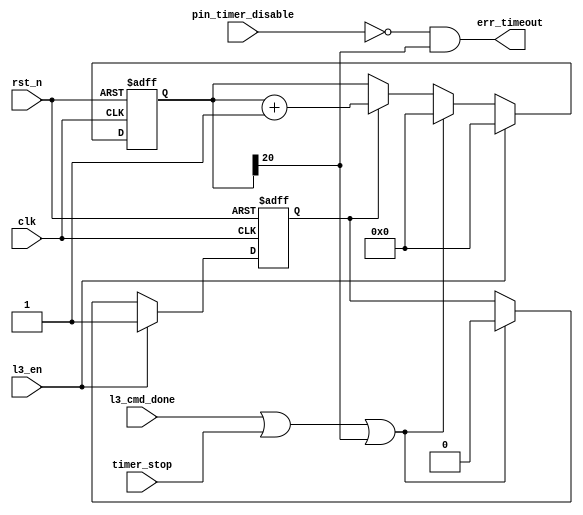
module l2_timer (/*AUTOARG*/
   // Outputs
   err_timeout,
   // Inputs
   clk, rst_n, pin_timer_disable, l3_en, l3_cmd_done, timer_stop
   ) ;
   /* I/O Information */
   // System Input
   input          clk, rst_n;
   input          pin_timer_disable;
   // RX FIFO Control
   input          l3_en;
   input          l3_cmd_done;
   input          timer_stop;
   output         err_timeout;

   reg [20:0]     counter;
   reg            timer_on;
   wire [20:0]    counter_nxt;
   wire           err_timeout;

   assign counter_nxt = counter + 21'd1;
   assign err_timeout = (!pin_timer_disable) & counter[20];

   always @ (posedge clk or negedge rst_n) begin
      if(!rst_n) begin
         counter  <= 21'd0;
         timer_on <= 1'b0;
      end else begin
         if(l3_en) begin
            counter  <= 21'd0;
            timer_on <= 1'b1;
         end else if(l3_cmd_done | timer_stop | counter[20]) begin
            counter  <= 21'd0;
            timer_on <= 1'b0;
         end else if(timer_on) begin
            counter <= counter_nxt;
         end
      end
   end
endmodule // l2_timer